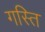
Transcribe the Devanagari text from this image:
गस्ति